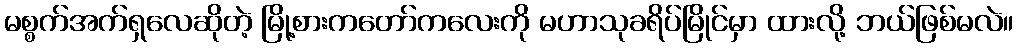
မစ္စက်အက်ရှလေဆိုတဲ့ မြို့စားကတော်ကလေးကို မဟာသုခရိပ်မြိုင်မှာ ထားလို့ ဘယ်ဖြစ်မလဲ။